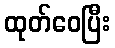
ထုတ်ဝေပြီး